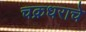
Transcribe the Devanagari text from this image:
चक्रधराचे